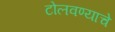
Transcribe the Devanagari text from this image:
टोलवण्याचे